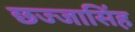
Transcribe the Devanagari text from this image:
छज्जासिंह